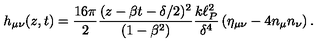
h _ { \mu \nu } ( z , t ) = { \frac { 1 6 \pi } { 2 } } { \frac { ( z - \beta t - \delta / 2 ) ^ { 2 } } { ( 1 - \beta ^ { 2 } ) } } { \frac { k \ell _ { P } ^ { 2 } } { \delta ^ { 4 } } } \left( \eta _ { \mu \nu } - 4 n _ { \mu } n _ { \nu } \right) .